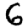
Digit: 6